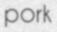
pork